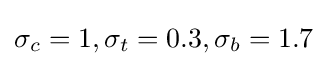
\sigma _{c}=1,\sigma _{t}=0.3,\sigma _{b}=1.7